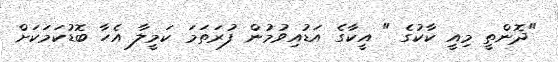
"ދޮންތީ މިއީ ކާކުގެ " އީކާގެ އަޑުއިވުމުން ފުރަތަމަ ކަމީލާ އެހާ ބޮޑުކަމަކަށް